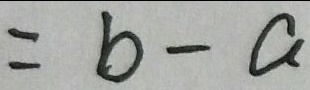
= b - a